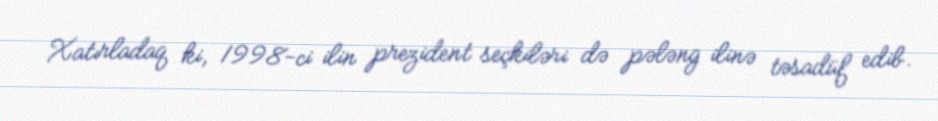
Xatırladaq ki, 1998-ci ilin prezident seçkiləri də pələng ilinə təsadüf edib.